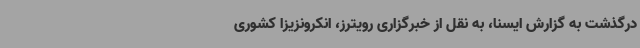
درگذشت به گزارش ایسنا، به نقل از خبرگزاری رویترز، انکرونزیزا کشوری